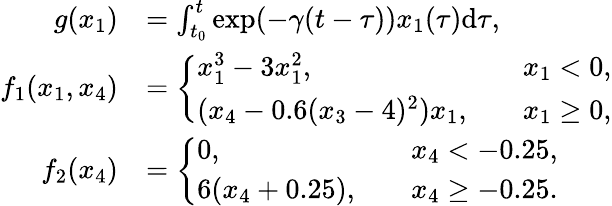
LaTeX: \begin{array}{rl}{g(x_{1})}&{=\int_{t_{0}}^{t}\exp(-\gamma(t-\tau))x_{1}(\tau)\mathrm{d}{\tau},}\\ {f_{1}(x_{1},x_{4})}&{=\left\{ \begin{array}{ll}{x_{1}^{3}-3x_{1}^{2},\quad}&{x_{1}<0,}\\ {(x_{4}-0.6(x_{3}-4)^{2})x_{1},\quad}&{x_{1}\geq 0,}\end{array}\right.}\\ {f_{2}(x_{4})}&{=\left\{ \begin{array}{ll}{0,\quad}&{x_{4}<-0.25,}\\ {6(x_{4}+0.25),\quad}&{x_{4}\geq-0.25.}\end{array}\right.}\end{array}